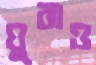
ঘুরাও